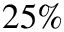
2 5 \%